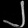
Digit: ၂